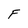
Character: F